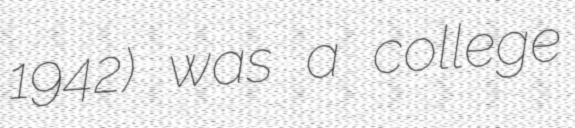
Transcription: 1942) was a college